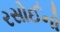
રસોઈનો